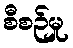
စီစဉ်မှု